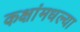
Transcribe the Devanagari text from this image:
कक्षांमधल्या